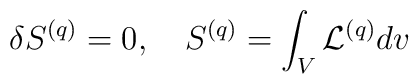
\delta S^{(q)} = 0, \ \ \ S^{(q)} = \int_V {\cal L}^{(q)} d v